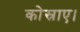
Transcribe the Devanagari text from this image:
कोस्राए।